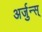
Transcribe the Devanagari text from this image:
अर्जुन्स्